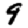
Digit: 9